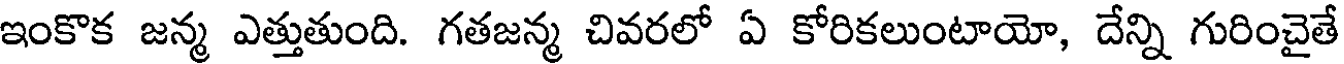
ఇంకొక జన్మ ఎత్తుతుంది. గతజన్మ చివరలో ఏ కోరికలుంటాయో, దేన్ని గురించైతే